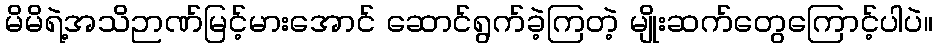
မိမိရဲ့အသိဉာဏ်မြင့်မားအောင် ဆောင်ရွက်ခဲ့ကြတဲ့ မျိုးဆက်တွေကြောင့်ပါပဲ။